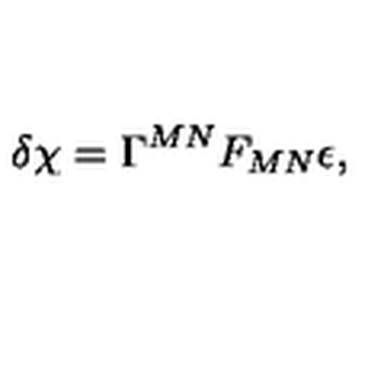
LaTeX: \delta \chi = \Gamma ^ { M N } F _ { M N } \epsilon ,